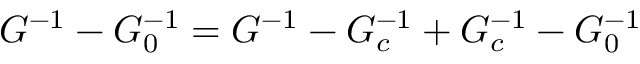
G ^ { - 1 } - G _ { 0 } ^ { - 1 } = G ^ { - 1 } - G _ { c } ^ { - 1 } + G _ { c } ^ { - 1 } - G _ { 0 } ^ { - 1 }